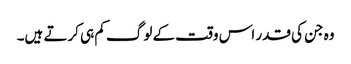
وہ جن کی قدر اس وقت کے لوگ کم ہی کرتے ہیں۔